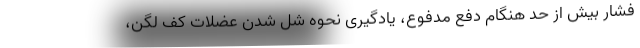
فشار بیش از حد هنگام دفع مدفوع، یادگیری نحوه شل شدن عضلات کف لگن،